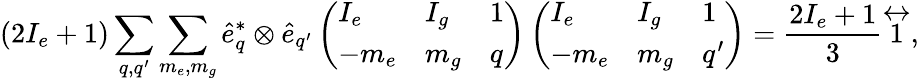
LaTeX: (2I_{e}+1)\sum_{q,q^{\prime}}\sum_{m_{e},m_{g}}\hat{e}_{q}^{*}\otimes\hat{e}_{q^{\prime}}\left(\begin{array}{lll}{I_{e}}&{I_{g}}&{1}\\ {-m_{e}}&{m_{g}}&{q}\end{array}\right)\left(\begin{array}{lll}{I_{e}}&{I_{g}}&{1}\\ {-m_{e}}&{m_{g}}&{q^{\prime}}\end{array}\right)=\frac{2I_{e}+1}{3}\overleftrightarrow{1},